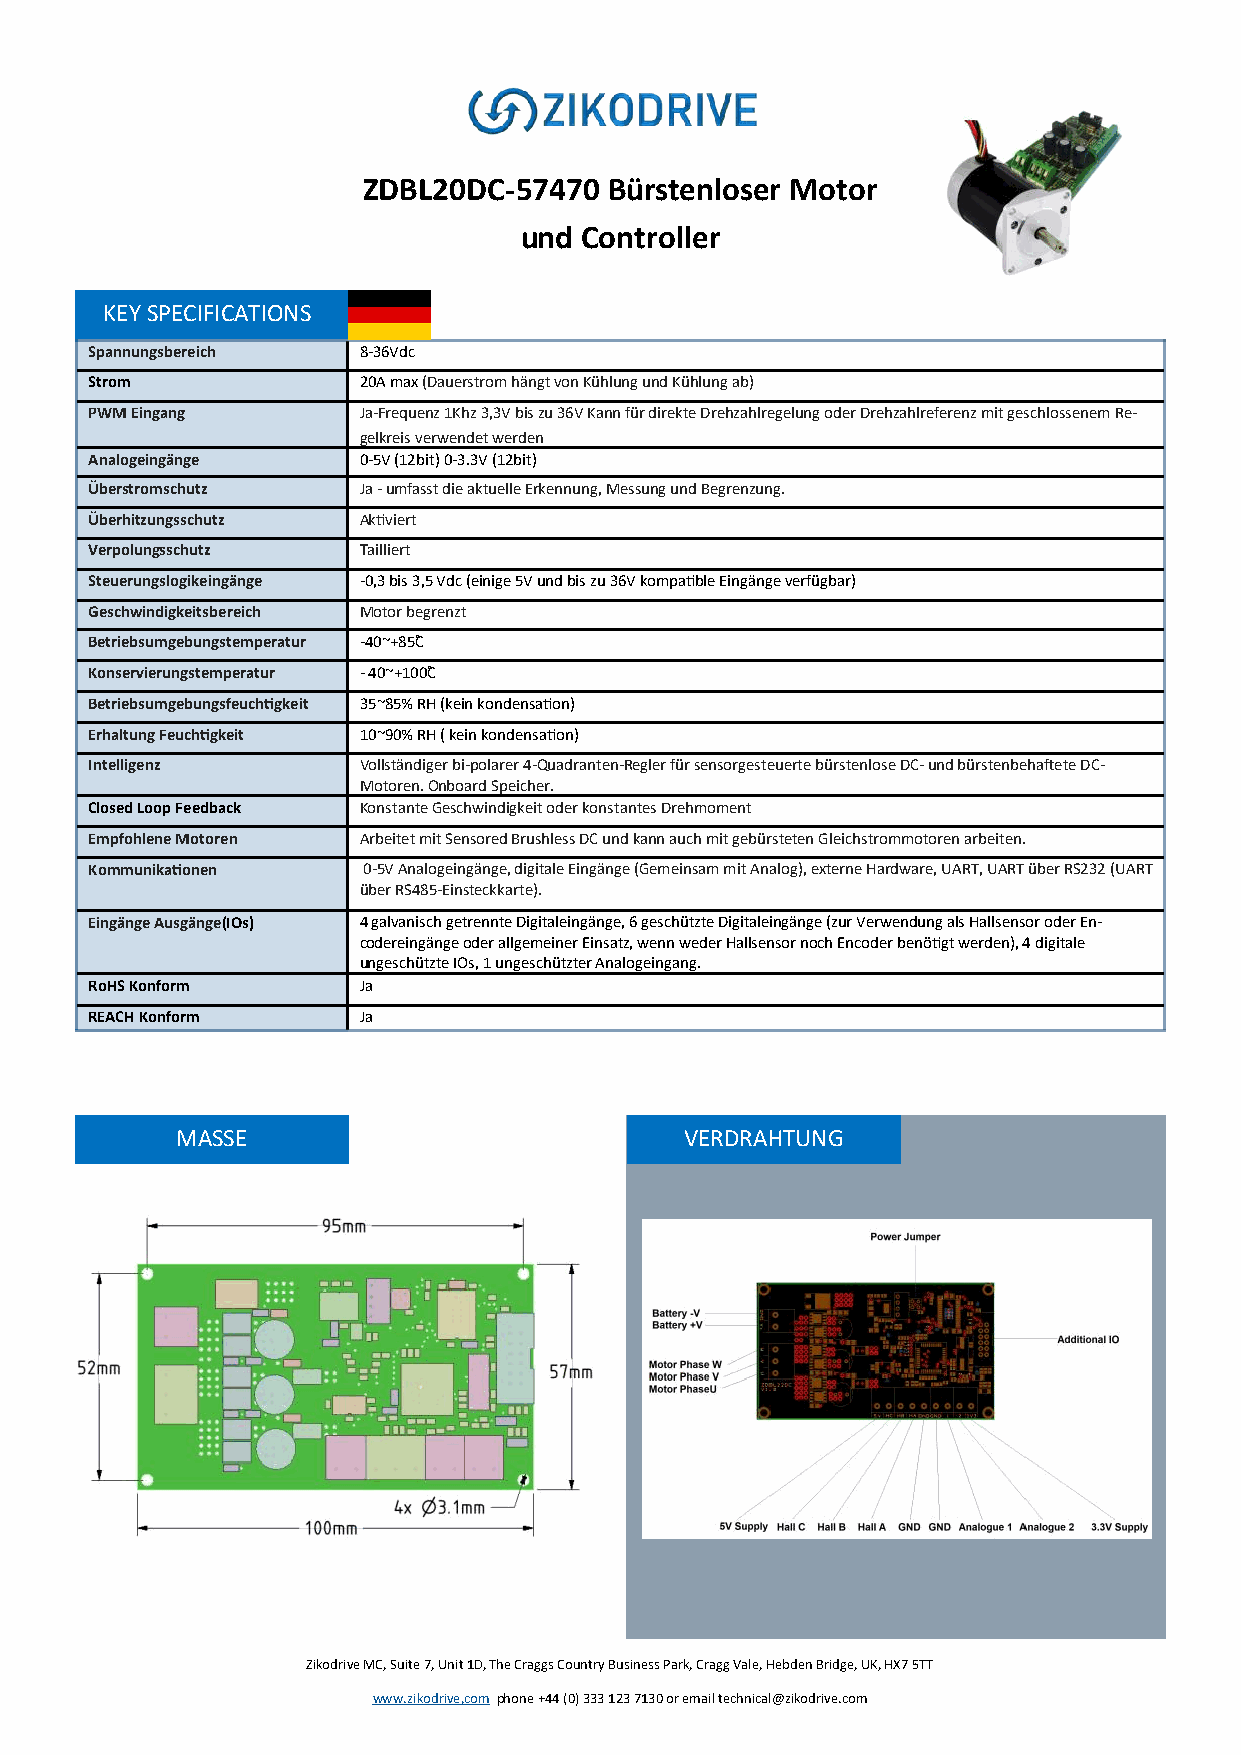
ZDBL20DC-57470  Bürstenloser Motor
 und Controller
 KEY SPECIFICATIONS
 Spannungsbereich  8-36Vdc
 Strom             20A max (Dauerstrom hängt von Kühlung und Kühlung ab)
 PWM Eingang       Ja-Frequenz 1Khz 3,3V bis zu 36V Kann für direkte Drehzahlregelung oder Drehzahlreferenz mit geschlossenem Re-
 gelkreis verwendet werden
 Analogeingänge    0-5V (12bit) 0-3.3V (12bit)
 Überstromschutz   Ja - umfasst die aktuelle Erkennung, Messung und Begrenzung.
 Überhitzungsschutz Aktiviert
 Verpolungsschutz  Tailliert
 Steuerungslogikeingänge -0,3 bis 3,5 Vdc (einige 5V und bis zu 36V kompatible Eingänge verfügbar)
 Geschwindigkeitsbereich Motor begrenzt
 Betriebsumgebungstemperatur -40~+85˚C
 Konservierungstemperatur - 40~+100˚C
 Betriebsumgebungsfeuchtigkeit 35~85% RH (kein kondensation)
 Erhaltung Feuchtigkeit 10~90% RH ( kein kondensation)
 Intelligenz       Vollständiger bi-polarer 4-Quadranten-Regler für sensorgesteuerte bürstenlose DC- und bürstenbehaftete DC-
 Motoren. Onboard Speicher.
 Closed Loop Feedback Konstante Geschwindigkeit oder konstantes Drehmoment
 Empfohlene Motoren Arbeitet mit Sensored Brushless DC und kann auch mit gebürsteten Gleichstrommotoren arbeiten.
 Kommunikationen   0-5V Analogeingänge, digitale Eingänge (Gemeinsam mit Analog), externe Hardware, UART, UART über RS232 (UART
 über RS485-Einsteckkarte).
 Eingänge Ausgänge(IOs) 4 galvanisch getrennte Digitaleingänge, 6 geschützte Digitaleingänge (zur Verwendung als Hallsensor oder En-
 codereingänge oder allgemeiner Einsatz, wenn weder Hallsensor noch Encoder benötigt werden), 4 digitale
 ungeschützte IOs, 1 ungeschützter Analogeingang.
 RoHS Konform      Ja
 REACH Konform     Ja
 MASSE                            VERDRAHTUNG
 Zikodrive MC, Suite 7, Unit 1D, The Craggs Country Business Park, Cragg Vale, Hebden Bridge, UK, HX7 5TT
 www.zikodrive,com phone +44 (0) 333 123 7130 or email technical@zikodrive.com